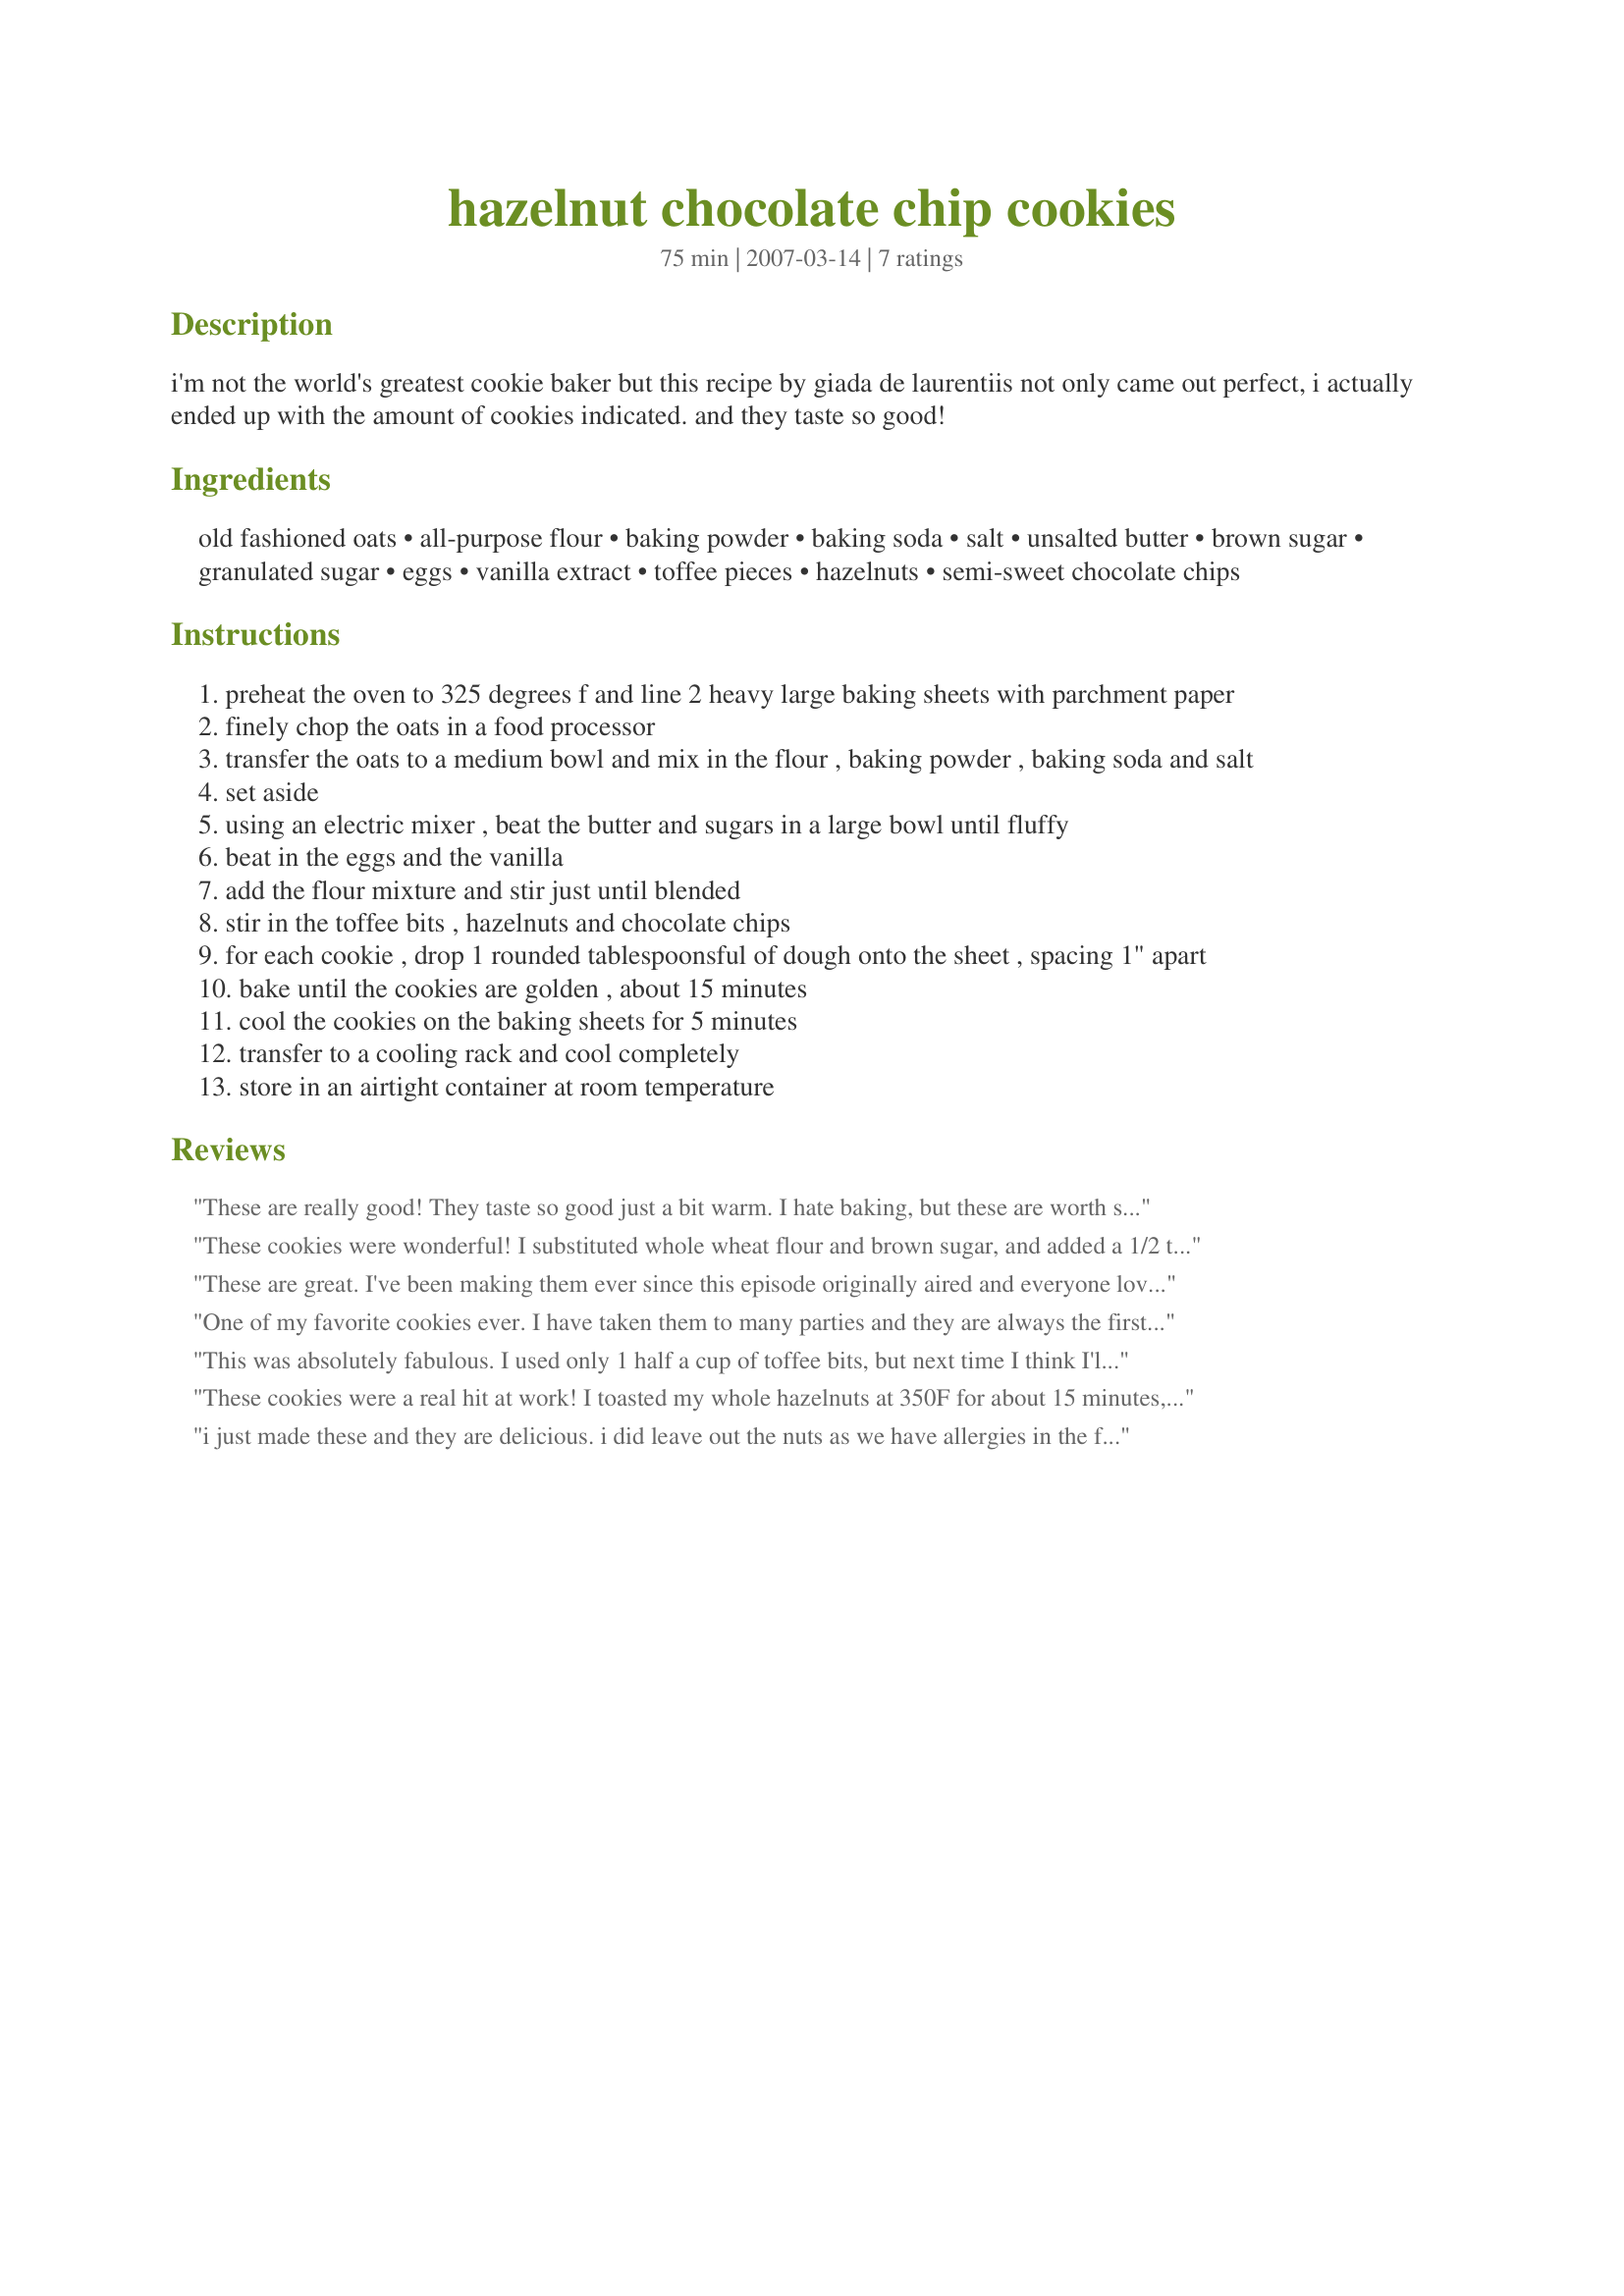
hazelnut chocolate chip cookies
Preparation time: 75 minutes

i'm not the world's greatest cookie baker but this recipe by giada de laurentiis not only came out perfect, i actually ended up with the amount of cookies indicated. and they taste so good!

Ingredients:
old fashioned oats, all-purpose flour, baking powder, baking soda, salt, unsalted butter, brown sugar, granulated sugar, eggs, vanilla extract, toffee pieces, hazelnuts, semi-sweet chocolate chips

Steps:
preheat the oven to 325 degrees f and line 2 heavy large baking sheets with parchment paper
finely chop the oats in a food processor
transfer the oats to a medium bowl and mix in the flour , baking powder , baking soda and salt
set aside
using an electric mixer , beat the butter and sugars in a large bowl until fluffy
beat in the eggs and the vanilla
add the flour mixture and stir just until blended
stir in the toffee bits , hazelnuts and chocolate chips
for each cookie , drop 1 rounded tablespoonsful of dough onto the sheet , spacing 1" apart
bake until the cookies are golden , about 15 minutes
cool the cookies on the baking sheets for 5 minutes
transfer to a cooling rack and cool completely
store in an airtight container at room temperature

Reviews:
These are really good! They taste so good just a bit warm. I hate baking, but these are worth setting aside my aversion.
These cookies were wonderful! I substituted whole wheat flour and brown sugar, and added a 1/2 teaspoon of well-ground coffee. They came out nice and chewy.
These are great. I've been making them ever since this episode originally aired and everyone loves them!
One of my favorite cookies ever. I have taken them to many parties and they are always the first to disappear. I find hazelnuts to be too time consuming and often substitute pecans, not quite as good but no one else ever notices!
This was absolutely fabulous. I used only 1 half a cup of toffee bits, but next time I think I'll add more. I loved the combination of the hazelnuts and the chocolate. It had almost a slight coffee taste to it. I made these for my husband's employees and they devoured the cookies before he could even sample them. Giada is the best!
These cookies were a real hit at work! I toasted my whole hazelnuts at 350F for about 15 minutes, shaking the pan occasionally. I cooled them, husked a little by rubbing between 2 paper towels, and then chopped them. I love the flavor they add to the cookies. Thanks so much for sharing. Nick's Mom
i just made these and they are delicious. i did leave out the nuts as we have allergies in the family. my son only likes chocolate chip cookies hot out of the oven, but he even ate these cold.
